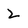
Character: 2